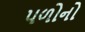
પળોનો